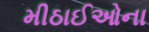
મીઠાઈઓના